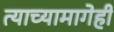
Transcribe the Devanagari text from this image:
त्याच्यामागेही